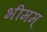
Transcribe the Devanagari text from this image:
भीमम्